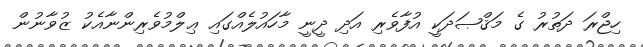
ހިޖްރަ ދަތުރު ގެ މަޤްޞަދަކީ އުފާވެރި އަދި ދީނީ މާހައުލެއްގައި ޢިލްމުވެރިންނާއެކު ޒުވާނުން